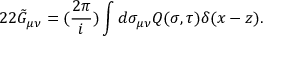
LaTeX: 2 2 \tilde { G } _ { \mu \nu } = ( \frac { 2 \pi } { i } ) \int d \sigma _ { \mu \nu } Q ( \sigma , \tau ) \delta ( x - z ) .